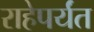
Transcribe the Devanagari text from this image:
राहेपर्यंत